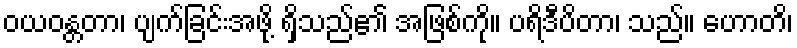
ဝယဝန္တတာ၊ ပျက်ခြင်းအဖို့ ရှိသည်၏ အဖြစ်ကို။ ပရိဒီပိတာ၊ သည်။ ဟောတိ၊